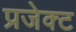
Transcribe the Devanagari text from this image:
प्रजेक्ट